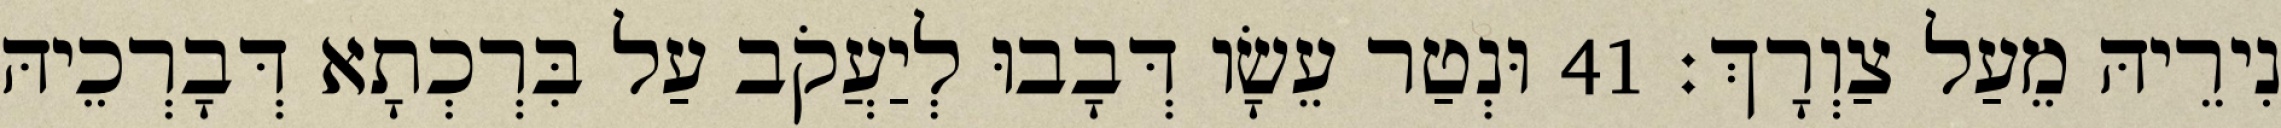
נִירֵיהּ מֵעַל צַוְרָךְ׃ 41 וּנְטַר עֵשָׂו דְּבָבוּ לְיַעֲקֹב עַל בִּרְכְתָא דְּבָרְכֵיהּ